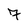
Character: 7